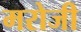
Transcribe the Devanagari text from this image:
मरोजी